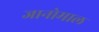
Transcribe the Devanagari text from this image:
जानोमाल